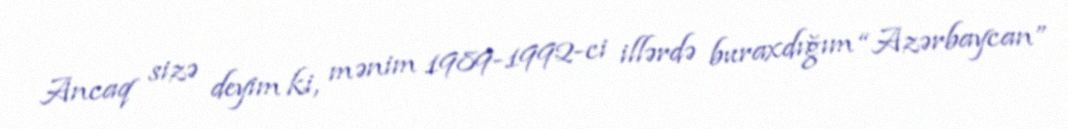
Ancaq sizə deyim ki, mənim 1989-1992-ci illərdə buraxdığım “Azərbaycan”